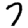
Digit: 7